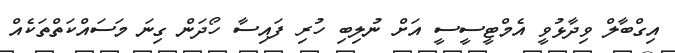
އިގްބާލް ވިދާޅުވީ އެމްޓީސީސީ އަށް ނުލިބި ހުރި ފައިސާ ހޯދަން ގިނަ މަސައްކަތްތަކެއް